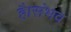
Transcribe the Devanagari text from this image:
है।संभव